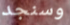
وسنجد